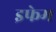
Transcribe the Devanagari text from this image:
इफेम